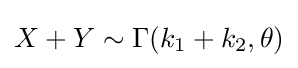
X+Y\sim \Gamma (k_{1}+k_{2},\theta )